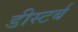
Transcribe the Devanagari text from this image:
डीस्टर्ब